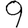
Digit: 9